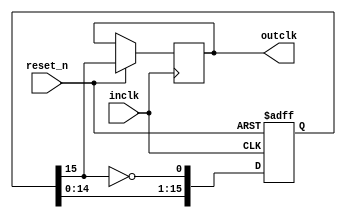
/* Atari on an FPGA
Masters of Engineering Project
Cornell University, 2007
Daniel Beer
ClockDiv16.v
Clock divider used to generate atari clocks. Divides the clock by 16 counts.
*/
module ClockDiv16(
			inclk, // Input clock signal
			outclk, // Output clock signal
			reset_n); // Active low reset signal

	input inclk, reset_n;
	output outclk;
	// Count register
	reg [15:0] cnt;
	reg outclk;
	
	// Use a 16 bit shift register to divide the clock by 16 counts.
	always @(posedge inclk, negedge reset_n)
	begin
		if (!reset_n)
			cnt <= 16'd0;
		else begin
			cnt <= {cnt[14:0], ~cnt[15]};
			outclk <= cnt[15];
		end
	end
endmodule